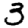
Digit: 3